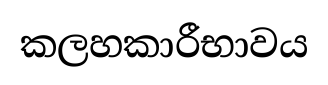
කලහකාරීභාවය